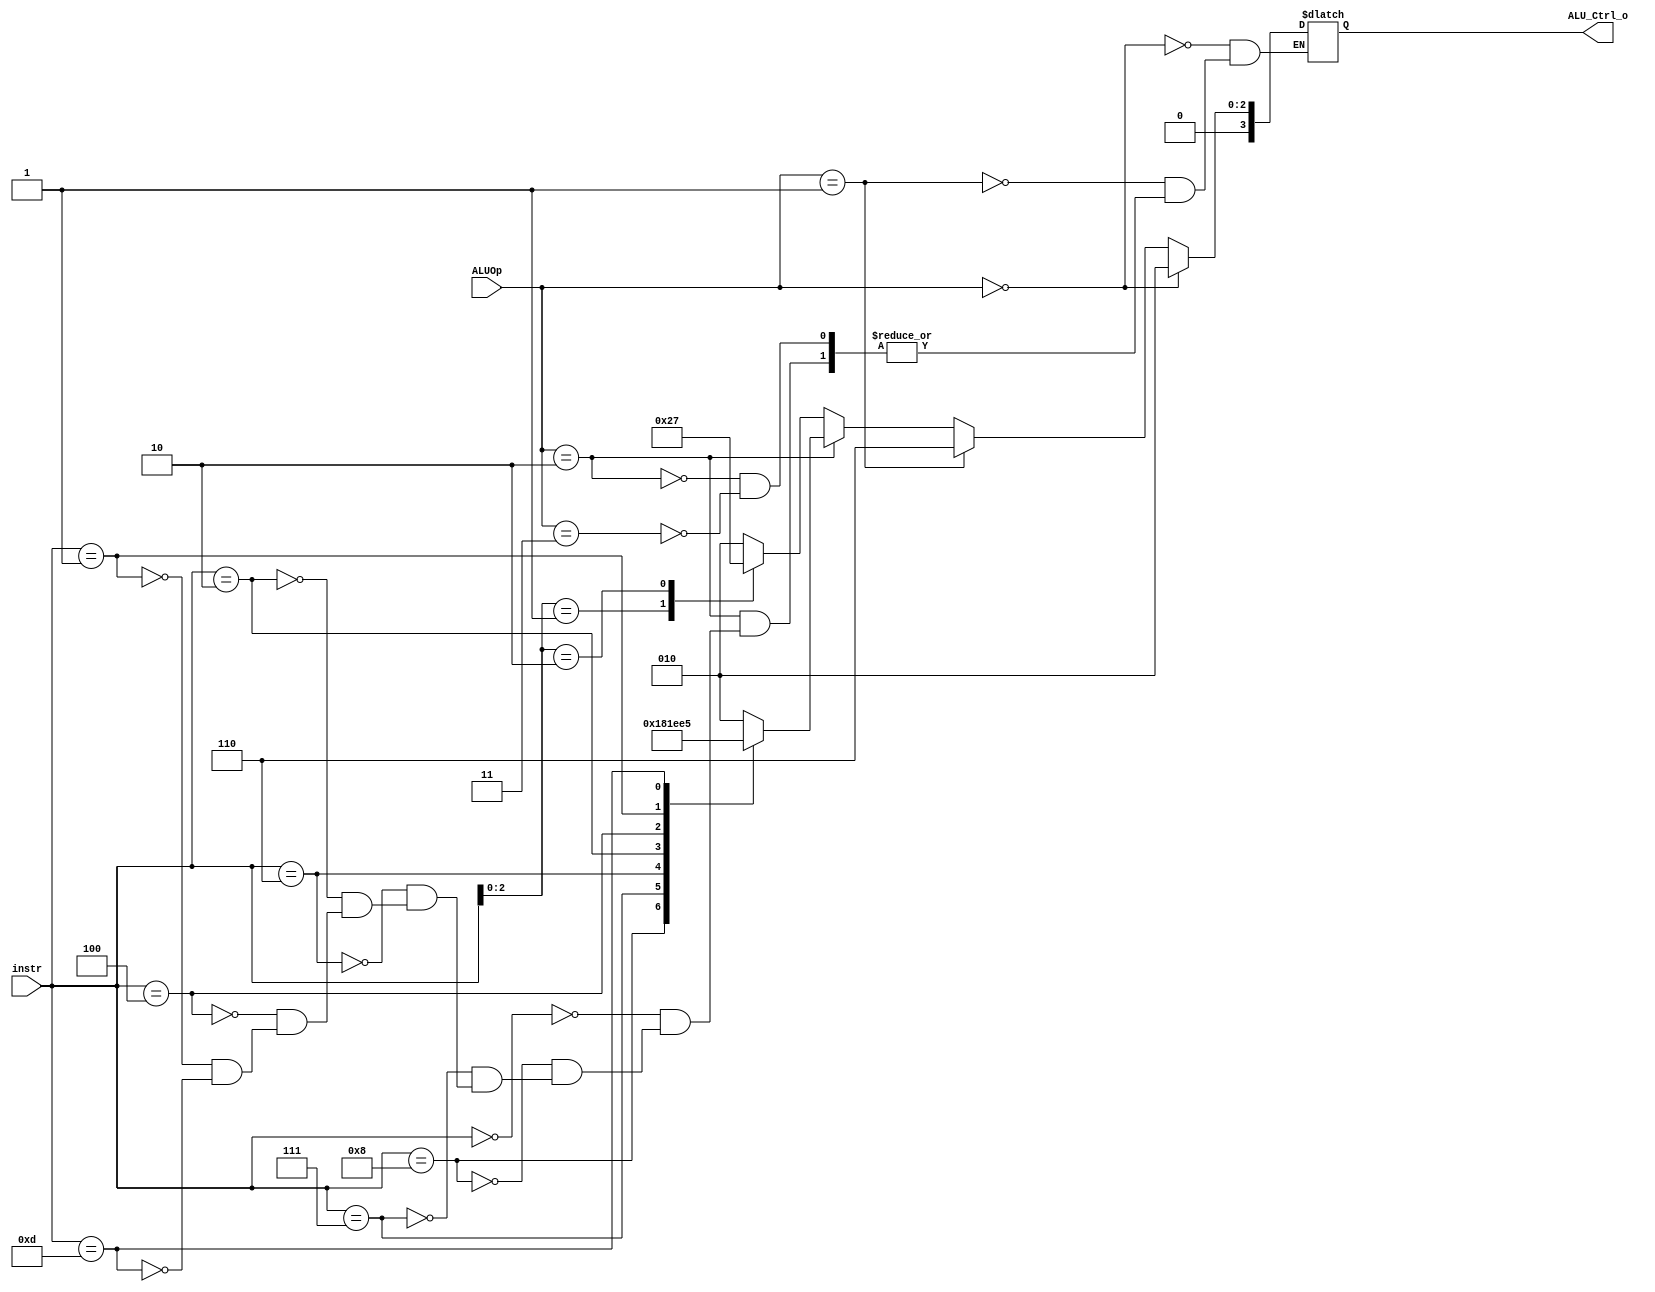
`timescale 1ns/1ps

module ALU_Ctrl(
    input       [4-1:0] instr,
    input       [2-1:0] ALUOp,
    output reg  [4-1:0] ALU_Ctrl_o
);
/* Write your code HERE */
wire [2:0] func3;
assign func3 = instr[2:0];

always @(*) begin
	if(ALUOp == 2'b00) begin 		//lw, sw
		ALU_Ctrl_o <= 4'b0010; 
	end else if(ALUOp == 2'b01) begin 	//beq
		ALU_Ctrl_o <= 4'b0110; 
	end else if(ALUOp == 2'b10) begin	//R-type
		case(instr)
            4'b0000: begin              //add
                ALU_Ctrl_o <= 4'b0010;
			end
            4'b1000: begin              //sub
                ALU_Ctrl_o <= 4'b0110;
			end
            4'b0111: begin              //and
                ALU_Ctrl_o <= 4'b0000;
			end
            4'b0110: begin              //or
                ALU_Ctrl_o <= 4'b0001;
			end
            4'b0010: begin              //slt
                ALU_Ctrl_o <= 4'b0111;
			end
            4'b0100: begin              //xor
                ALU_Ctrl_o <= 4'b0011;
			end
            4'b0001: begin              //sll
                ALU_Ctrl_o <= 4'b0100; 
			end
			4'b1101: begin              //sra
                ALU_Ctrl_o <= 4'b0101;
			end
        endcase
	end else if(ALUOp == 2'b11) begin
		case(func3)
            3'b000: begin               //addi
                ALU_Ctrl_o <= 4'b0010;
            end
            3'b001: begin              //slli
                ALU_Ctrl_o <= 4'b0100;
			end
            3'b010: begin              //slti
                ALU_Ctrl_o <= 4'b0111;
			end
            default: begin
                ALU_Ctrl_o <= 4'b0010;
			end 
        endcase
	end
end

endmodule